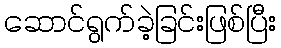
ဆောင်ရွက်ခဲ့ခြင်းဖြစ်ပြီး